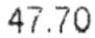
47.70